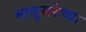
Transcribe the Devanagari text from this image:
मालुसरेच्या